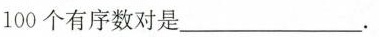
100个有序数对是___。